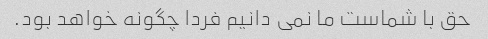
حق با شماست ما نمی دانیم فردا چگونه خواهد بود.